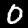
Digit: 0